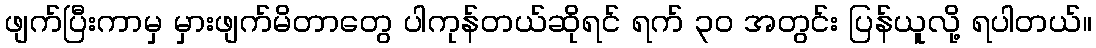
ဖျက်ပြီးကာမှ မှားဖျက်မိတာတွေ ပါကုန်တယ်ဆိုရင် ရက် ၃၀ အတွင်း ပြန်ယူလို့ ရပါတယ်။